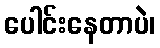
ပေါင်းနေတာပဲ၊